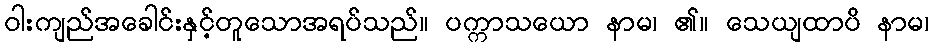
ဝါးကျည်အခေါင်းနှင့်တူသောအရပ်သည်။ ပက္ကာသယော နာမ၊ ၏။ သေယျထာပိ နာမ၊